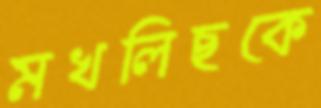
মখলিছকে